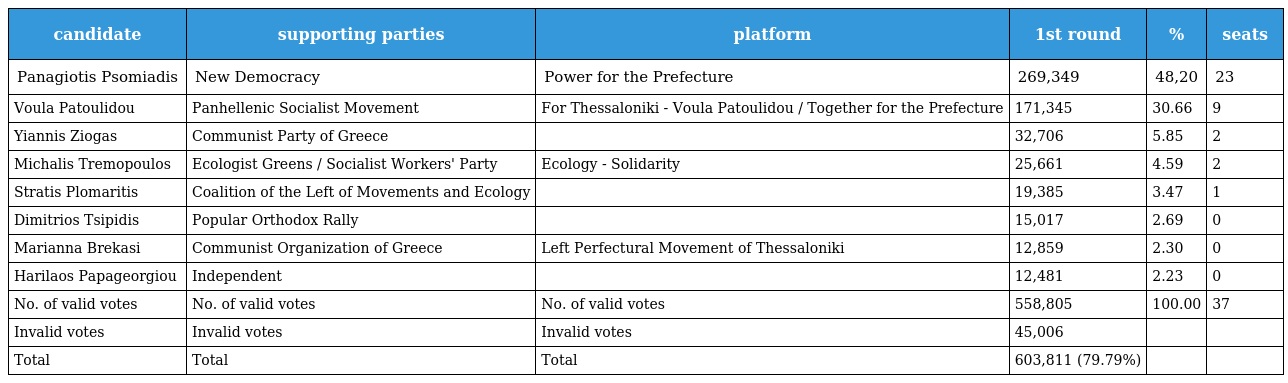
| candidate | supporting parties | platform | 1st round | % | seats |
 | --- | --- | --- | --- | --- | --- |
 | Panagiotis Psomiadis | New Democracy | Power for the Prefecture | 269,349 | 48,20 | 23 |
 | Voula Patoulidou | Panhellenic Socialist Movement | For Thessaloniki - Voula Patoulidou / Together for the Prefecture | 171,345 | 30.66 | 9 |
 | Yiannis Ziogas | Communist Party of Greece |  | 32,706 | 5.85 | 2 |
 | Michalis Tremopoulos | Ecologist Greens / Socialist Workers' Party | Ecology - Solidarity | 25,661 | 4.59 | 2 |
 | Stratis Plomaritis | Coalition of the Left of Movements and Ecology |  | 19,385 | 3.47 | 1 |
 | Dimitrios Tsipidis | Popular Orthodox Rally |  | 15,017 | 2.69 | 0 |
 | Marianna Brekasi | Communist Organization of Greece | Left Perfectural Movement of Thessaloniki | 12,859 | 2.30 | 0 |
 | Harilaos Papageorgiou | Independent |  | 12,481 | 2.23 | 0 |
 | No. of valid votes | No. of valid votes | No. of valid votes | 558,805 | 100.00 | 37 |
 | Invalid votes | Invalid votes | Invalid votes | 45,006 |  |  |
 | Total | Total | Total | 603,811 (79.79%) |  |  |